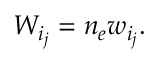
\begin{array} { r } { W _ { i _ { j } } = n _ { e } w _ { i _ { j } } . } \end{array}